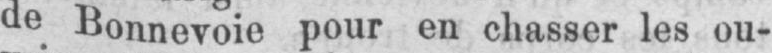
de Bonnevoie pour en chasser les ou-